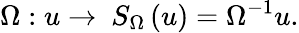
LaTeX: \Omega:u\rightarrow\ {S_{\Omega}}\left(u\right)={{\Omega}^{-1}}u.